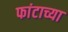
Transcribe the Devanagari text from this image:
फांटाच्या